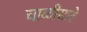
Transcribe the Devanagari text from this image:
चाळीसावे